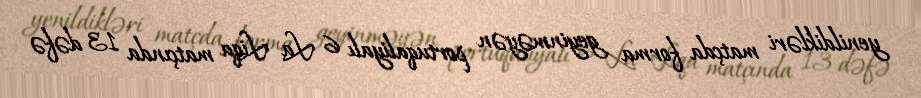
yenildikləri matçda forma geyinməyən portuqaliyalı 6 La Liqa matçında 13 dəfə